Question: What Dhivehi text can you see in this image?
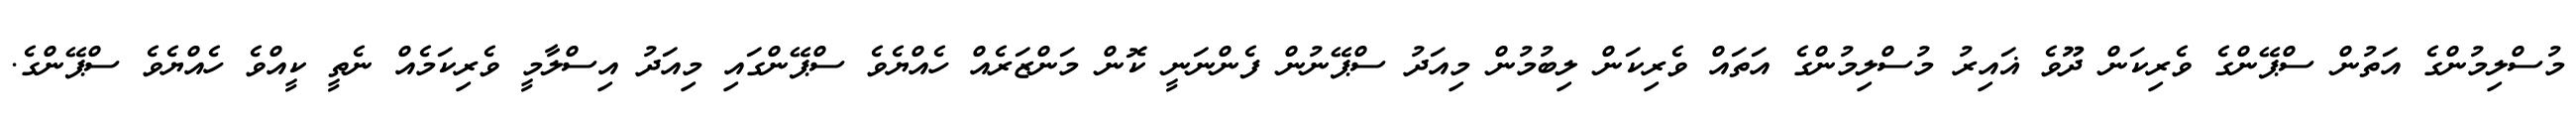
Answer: މުސްލިމުންގެ އަތުން ސްޕޭންގެ ވެރިކަން ދޫވެ ޣައިރު މުސްލިމުންގެ އަތައް ވެރިކަން ލިބުމުން މިއަދު ސްޕޭނުން ފެންނަނީ ކޮން މަންޒަރެއް ހެއްޔެވެ ސްޕޭންގައި މިއަދު އިސްލާމީ ވެރިކަމެއް ނެތީ ކީއްވެ ހެއްޔެވެ ސްޕޭންގެ.